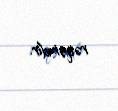
rəqəmdir.